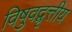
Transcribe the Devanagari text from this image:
विषुवद्वृत्तीय